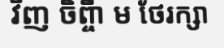
វិញ ចិព្ចឹា ម ថែរក្សា